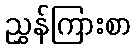
ညွှန်ကြားစာ